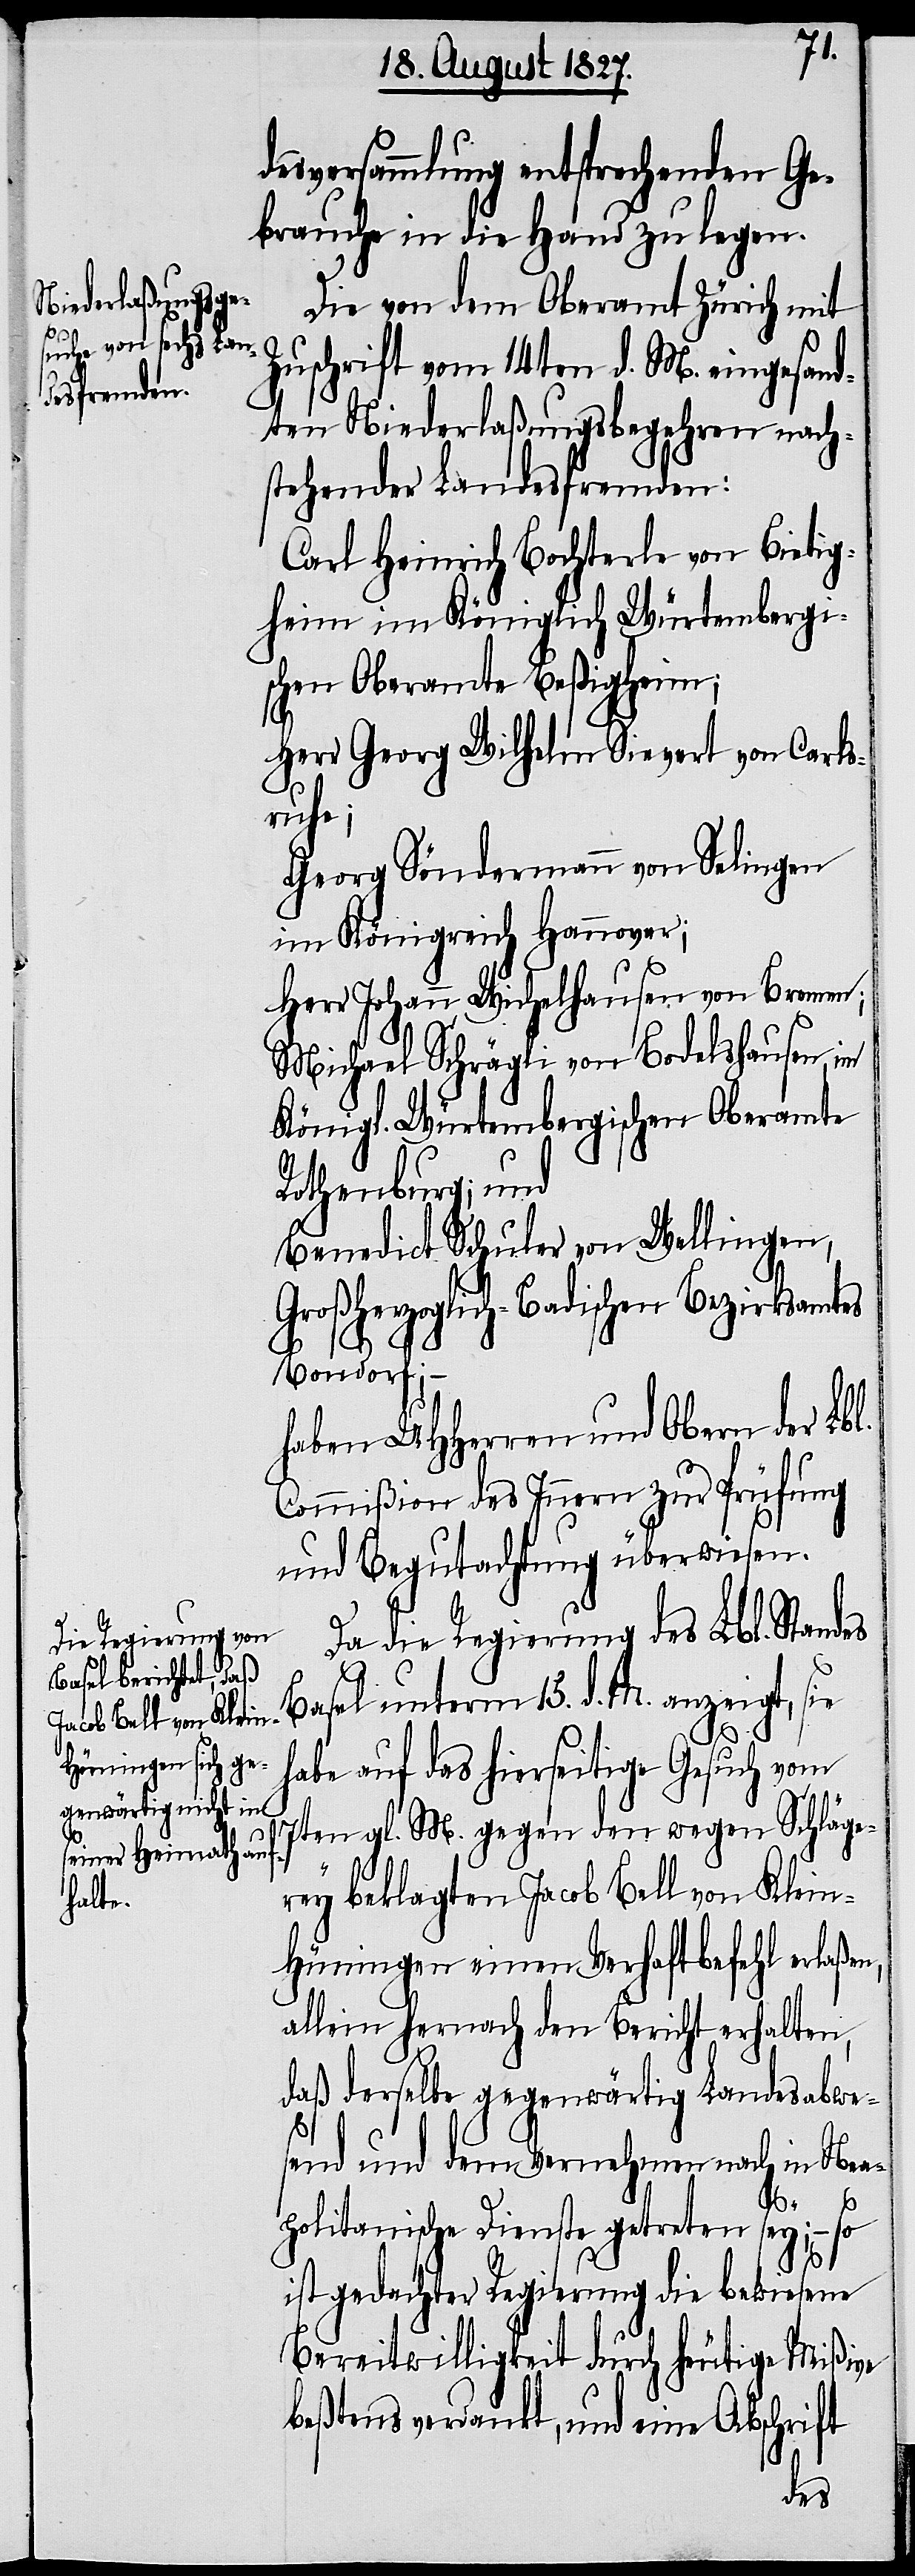
desversammlung entsprechenden Ge¬
brauche in die Hand zu legen.
Die von dem Oberamt Zürich mit
Zuschrift vom 14ten d. M. eingesand¬
ten Niederlaßungsbegehren nach¬
stehender Landesfremden:
Carl Heinrich Bochterle von Bietig¬
heim im Königlich Würtembergi¬
schen Oberamte Beßigheim;
Herr Georg Wilhelm Sievert von Carls¬
ruhe;
Georg Söndermann von Selingen
im Königreich Hannover;
Herr Johann Wichelhausen von Bremen;
Michael Schrägli von Bodelshausen im
Königl. Würtembergischen Oberamte
Rothenburg; und
Benedict Schuler von Wellingen,
Großherzoglich-Badischen Bezirksamtes
Bondorf; –
haben UHHerren und Obern der Lbl.
Commißion des Innern zur Prüfung
und Begutachtung überwiesen.
Da die Regierung des Lbl. Stand¬
es
Basel unterm 15. d. M. anzeigt, sie
habe auf das hierseitige Gesuch vom
7ten gl. M. gegen den wegen Schläge¬
rey beklagten Jacob Bell von Klei¬
n-Hüningen einen Verhaftbefehl erlaßen,
allein hernach den Bericht erhalten,
daß derselbe gegenwärtig Landesabwe¬
send und dem Vernehmen nach in Nea¬
politanische Dienste getreten sey; – so
ist gedachter Regierung die bewiesene
Bereitwilligkeit durch heutige Mißive
beßtens verdankt, und eine Abschrift